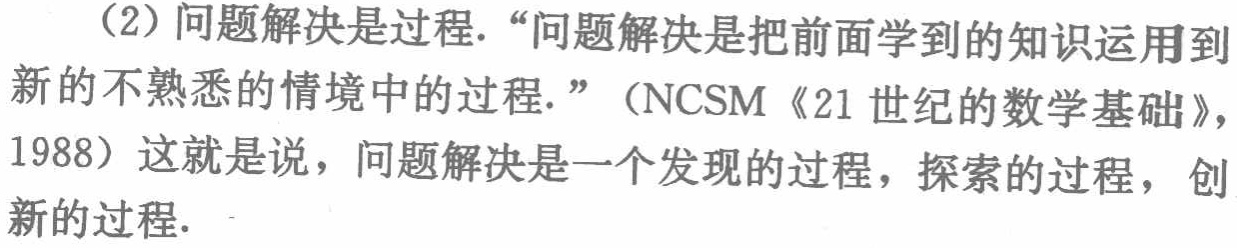
（2）问题解决是过程.“问题解决是把前面学到的知识运用到新的不熟悉的情境中的过程.”（NCSM《21 世纪的数学基础》，1988）这就是说，问题解决是一个发现的过程，探索的过程，创新的过程.